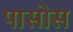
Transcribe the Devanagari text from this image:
पासोस